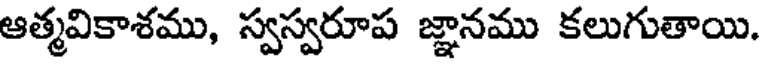
ఆత్మవికాశము, స్వస్వరూప జ్ఞానము కలుగుతాయి.